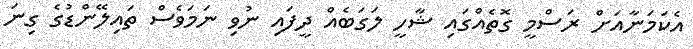
އެކަމަނާއަށް ރަސްމީ ގޮތެއްގައި ޝާހީ ލަގަބެއް ދީފައި ނުވި ނަމަވެސް ތައިލޭންޑުގެ ގިނަ